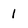
Character: 1